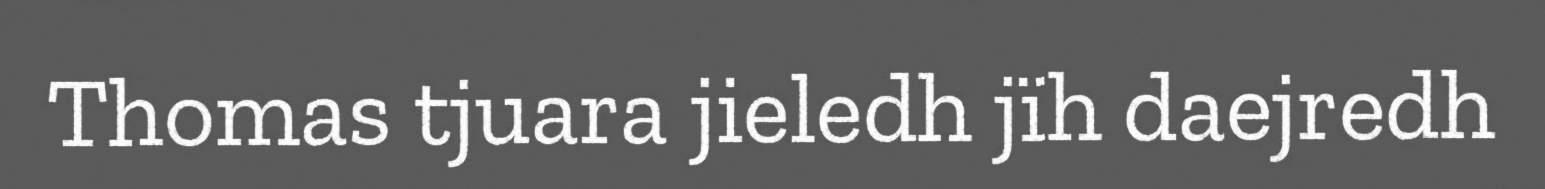
Thomas tjuara jieledh jïh daejredh